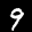
Label: 9